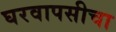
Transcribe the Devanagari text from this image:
घरवापसीचा